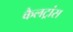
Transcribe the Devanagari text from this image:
कैलट्रांस